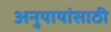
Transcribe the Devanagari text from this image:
अनुयायांसाठी